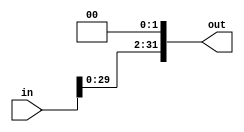
module beq_shift2bit (
input [31:0] in ,
output [31:0] out
);

assign out = in << 2 ;

endmodule